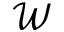
\mathcal { W }